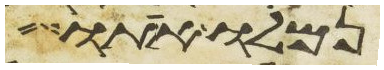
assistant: נמלו אתו